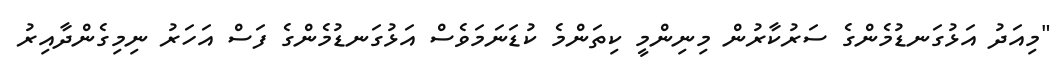
"މިއަދު އަޅުގަނޑުމެންގެ ސަރުކާރުން މިނިންމީ ކިތަންމެ ކުޑަނަމަވެސް އަޅުގަނޑުމެންގެ ފަސް އަހަރު ނިމިގެންދާއިރު